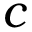
c